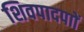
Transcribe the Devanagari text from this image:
शिवपादपाों